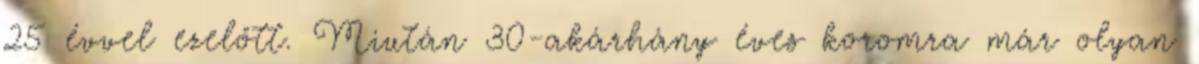
25 évvel ezelőtt. Miután 30-akárhány éves koromra már olyan